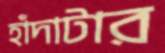
হাঁদাটার